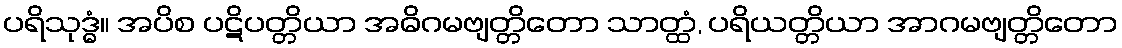
ပရိသုဒ္ဓံ။ အပိစ ပဋိပတ္တိယာ အဓိဂမဗျတ္တိတော သာတ္ထံ, ပရိယတ္တိယာ အာဂမဗျတ္တိတော